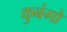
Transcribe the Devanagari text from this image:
कुबंगो